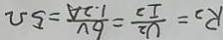
R _ { 2 } = \frac { U _ { 2 } } { I _ { 2 } } = \frac { 6 V } { 1 . 2 A } = 5 \Omega